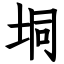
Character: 垌